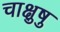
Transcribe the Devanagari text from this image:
चाक्षुषु